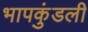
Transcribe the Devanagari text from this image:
भापकुंडली